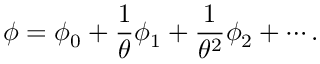
\phi = \phi _ { 0 } + { \frac { 1 } { \theta } } \phi _ { 1 } + { \frac { 1 } { \theta ^ { 2 } } } \phi _ { 2 } + \cdots .